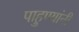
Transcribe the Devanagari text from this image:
पाहुण्यांनी